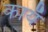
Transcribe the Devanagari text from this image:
कायँ